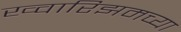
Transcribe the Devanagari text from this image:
ख्वारिझमच्या